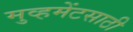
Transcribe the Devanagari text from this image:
मुव्हमेंटसाठी